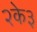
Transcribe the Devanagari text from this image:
२के३